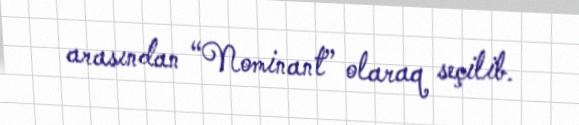
arasından “Nominant” olaraq seçilib.